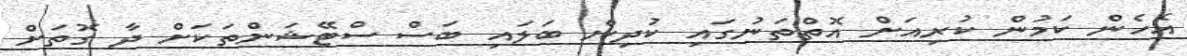
އެހެން ކަމުން ކުރިއަށް އޮތްތަނުގައި ކުދިން ބަލައި ބަސް ސްޓޭޝަންތަކަށް ދާ ގޮތަށް